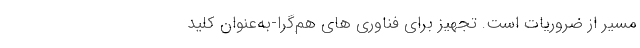
مسیر از ضروریات است. تجهیز برای فناوری­ های هم‌گرا-به‌عنوان کلید